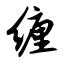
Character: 缠